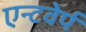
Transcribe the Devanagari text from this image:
एन्टवेर्प